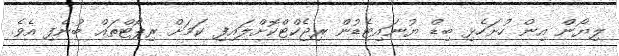
ލިޔޯން އިން ހުށަހެޅި ބިޑް ޔުނައިޓެޑުން ރިޖެކްޓްކޮށްލައިފި ކަމަށް ރިޕޯޓްތައް ބުނެފި އެވެ.